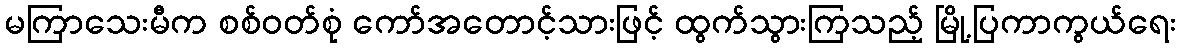
မကြာသေးမီက စစ်ဝတ်စုံ ကော်အတောင့်သားဖြင့် ထွက်သွားကြသည့် မြို့ပြကာကွယ်ရေး